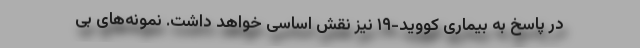
در پاسخ به بیماری کووید-۱۹ نیز نقش اساسی خواهد داشت. نمونه‌های بی